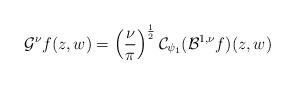
LaTeX: \begin{align*} \mathcal{G}^\nu f(z,w) = \left(\frac{\nu}{\pi}\right)^{\frac{1}{2}} \mathcal{C}_{\psi_1} (\mathcal{B}^{1,\nu} f)(z,w) \end{align*}